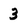
Character: 3